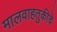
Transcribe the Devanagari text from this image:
मालवाहतुकीचे